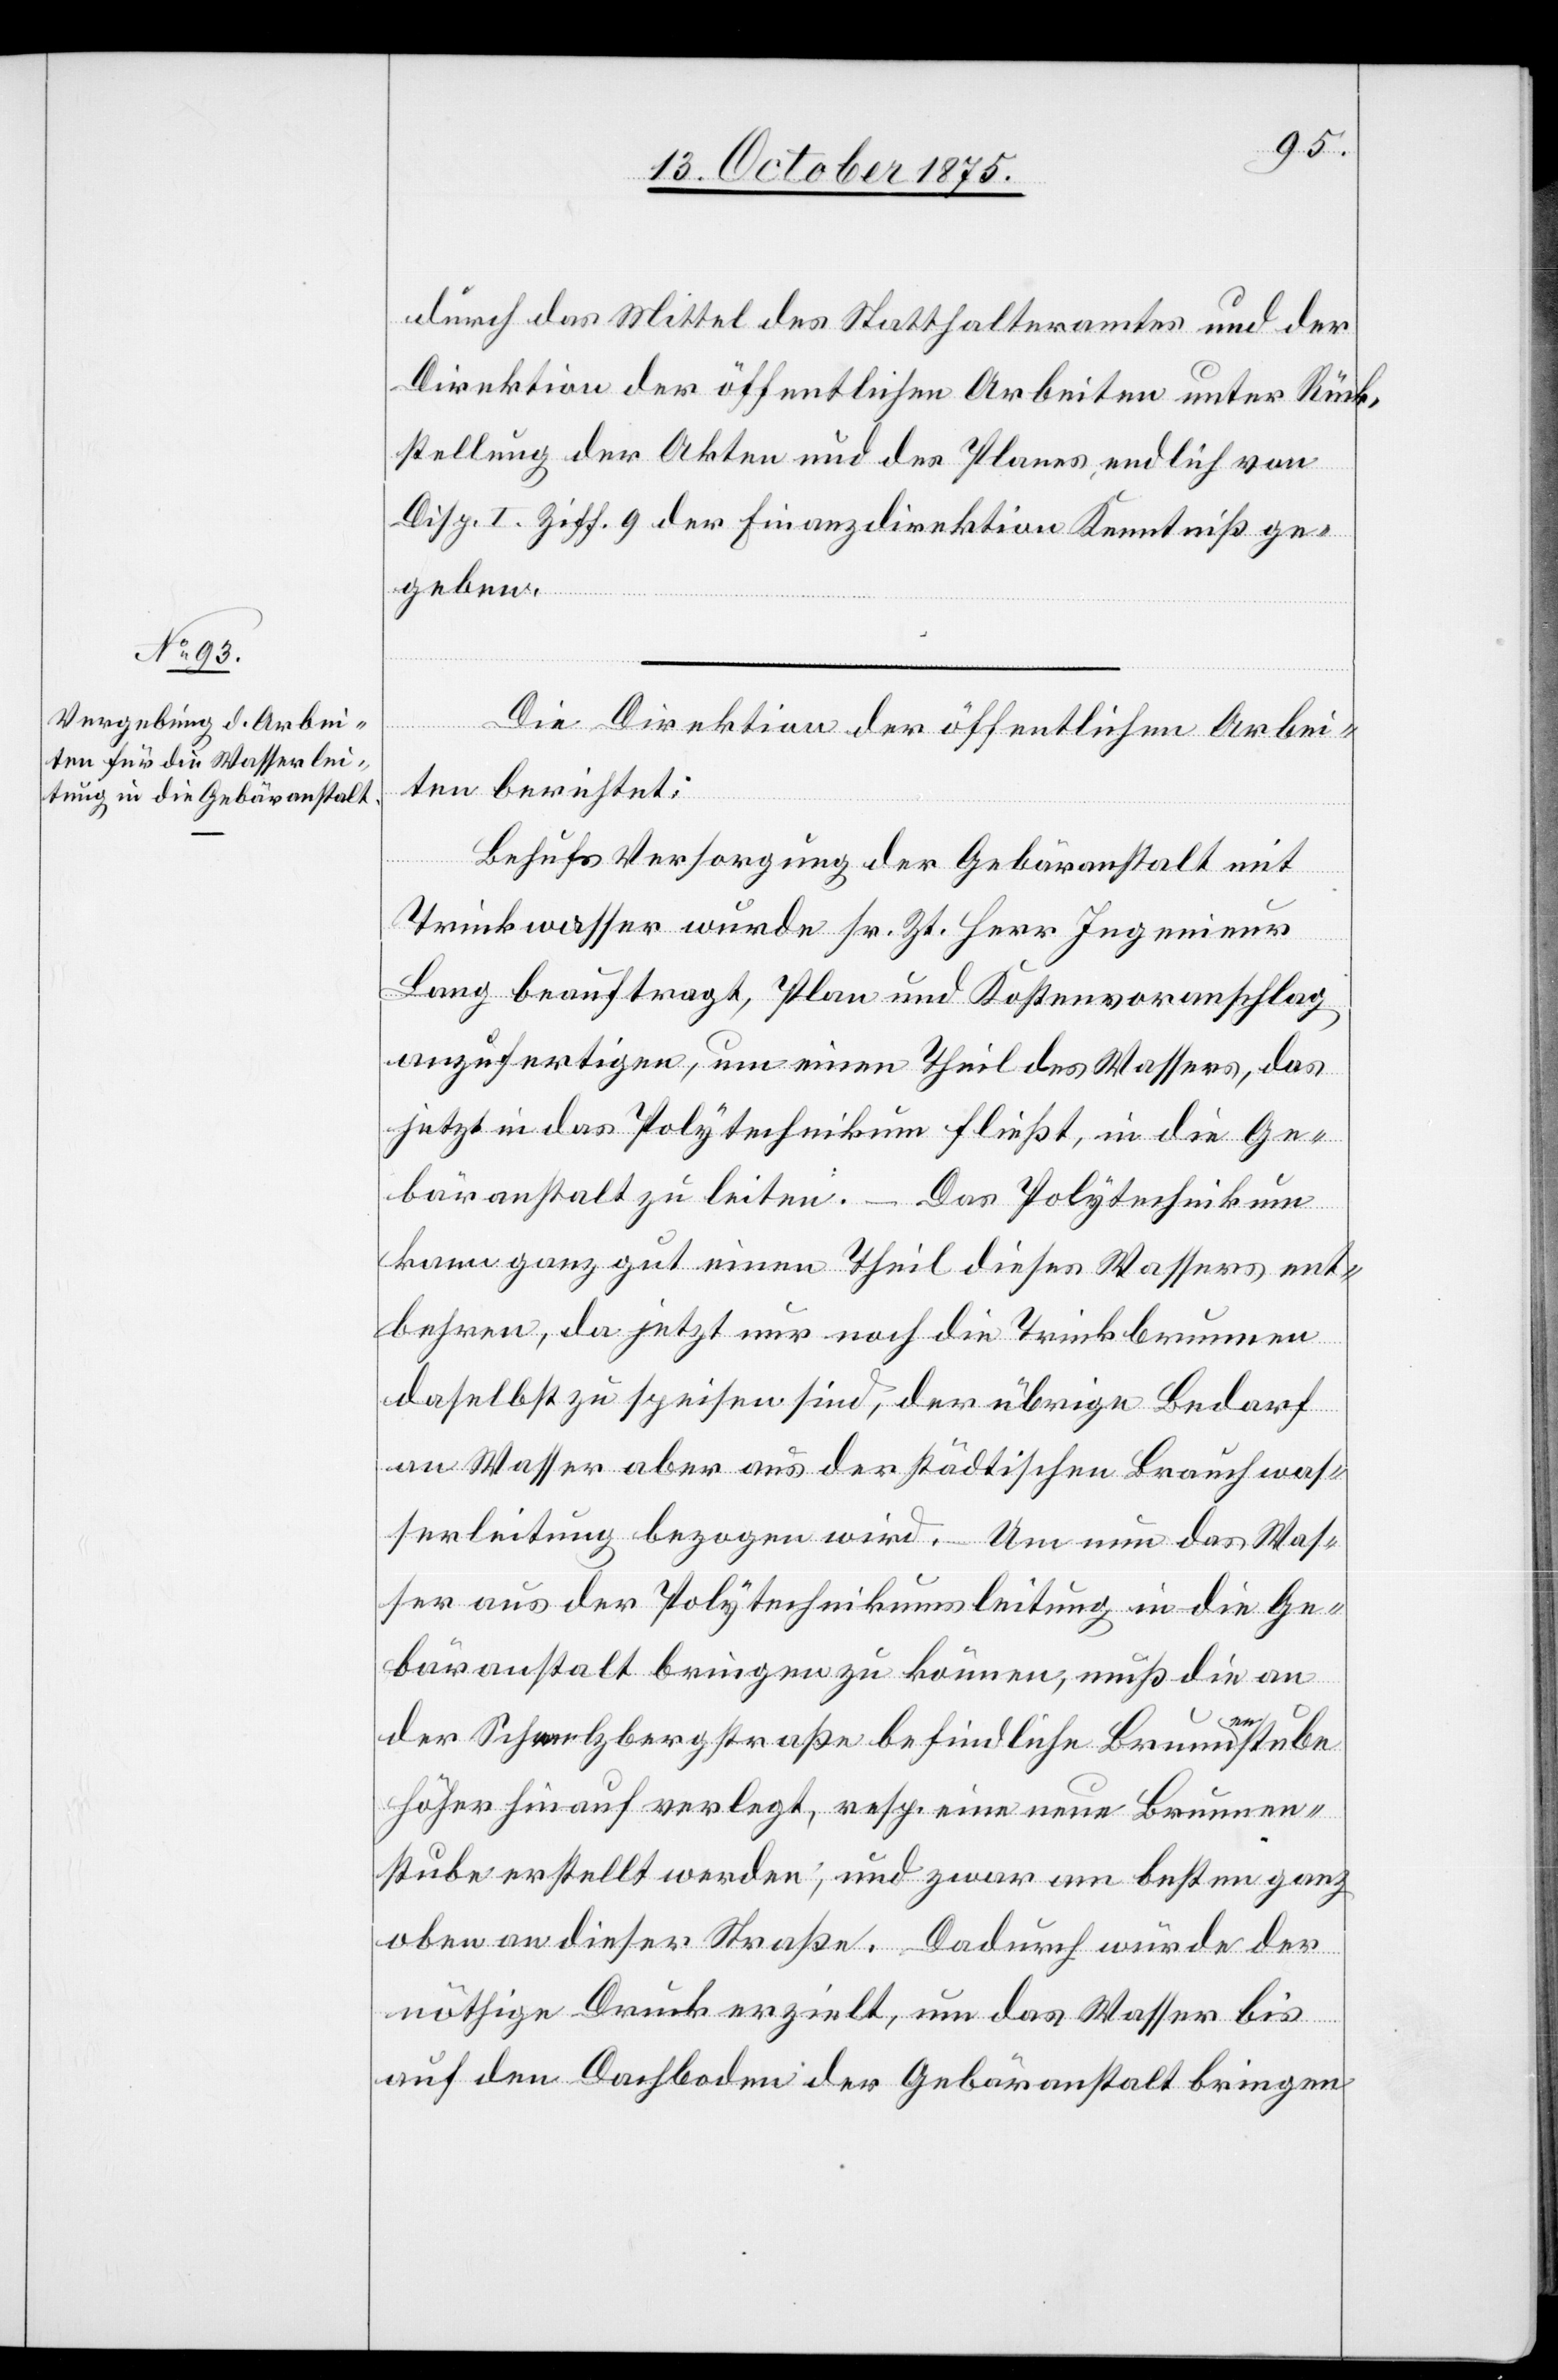
durch das Mittel des Statthalteramtes und der
Direktion der öffentlichen Arbeiten unter Rück¬
stellung der Akten und des Planes endlich von
Disp. I. Ziff. 9 der Finanzdirektion Kenntniß ge¬
geben.
Die Direktion der öffentlichen Arbei¬
ten berichtet:
Behufs Versorgung der Gebäranstalt mit
Trinkwasser wurde sr. Zt. Herr Ingenieur
Lang beauftragt, Plan und Kostenvoranschlag
anzufertigen, um einen Theil des Wassers, das
jetzt in das Polytechnikum fließt, in die Ge¬
bäranstalt zu leiten. – Das Polytechnikum
kann ganz gut einen Theil dieses Wassers ent¬
behren, da jetzt nur noch die Trinkbrunnen
daselbst zu speisen sind, der übrige Bedarf
an Wasser aber aus der städtischen Brauchwas¬
serleitung bezogen wird. – Um nun das Was¬
ser aus der Polytechnikumsleitung in die Ge¬
bäranstalt bringen zu können, muß die an
der Schmelzbergstraße befindliche Brunnenstube
höher hinauf verlegt, resp. eine neue Brunnen¬
stube erstellt werden; und zwar am besten ganz
oben an dieser Straße. Dadurch würde der
nöthige Druck erzielt, um das Wasser bis
auf den Dachboden der Gebäranstalt bringen